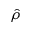
\hat { \rho }